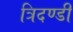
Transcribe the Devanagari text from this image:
त्रिदण्डी